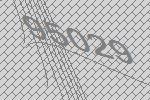
95029